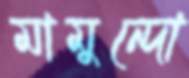
মামুন্দো